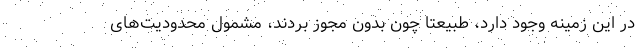
در این زمینه وجود دارد، طبیعتا چون بدون مجوز بردند، مشمول محدودیت‌های